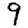
Digit: 9